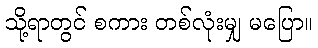
သို့ရာတွင် စကား တစ်လုံးမျှ မပြော။